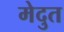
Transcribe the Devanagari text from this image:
मेदुत